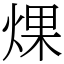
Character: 㷄